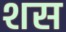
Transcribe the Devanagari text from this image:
शस